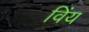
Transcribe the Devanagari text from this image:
विंय